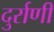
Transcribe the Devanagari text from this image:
दुर्राणी